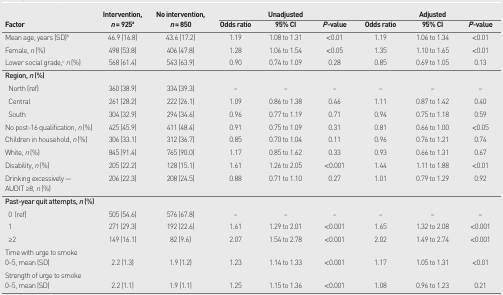
<table><thead><tr><td rowspan="3"><b>Factor</b></td><td rowspan="3"><b>Intervention, <i>n</i> = 925<sup>a</sup></b></td><td rowspan="3"><b>No intervention, <i>n</i> = 850</b></td><td colspan="3"><b>Unadjusted</b></td><td colspan="3"><b>Adjusted</b></td></tr><tr><td><b>Odds ratio</b></td><td><b>95% CI</b></td><td><b><i>P</i>-value</b></td><td><b>Odds ratio</b></td><td><b>95% CI</b></td><td><b><i>P</i>-value</b></td></tr></thead><tbody><tr><td>Mean age, years (SD)<sup>b</sup></td><td>46.9 (16.8)</td><td>43.6 (17.2)</td><td>1.19</td><td>1.08 to 1.31</td><td>&lt;0.01</td><td>1.19</td><td>1.06 to 1.34</td><td>&lt;0.01</td></tr><tr><td>Female, <i>n</i> (%)</td><td>498 (53.8)</td><td>406 (47.8)</td><td>1.28</td><td>1.06 to 1.54</td><td>&lt;0.05</td><td>1.35</td><td>1.10 to 1.65</td><td>&lt;0.01</td></tr><tr><td>Lower social grade,<sup>c</sup><i>n</i> (%)</td><td>568 (61.4)</td><td>543 (63.9)</td><td>0.90</td><td>0.74 to 1.09</td><td>0.28</td><td>0.85</td><td>0.69 to 1.05</td><td>0.13</td></tr><tr><td><b>Region, <i>n</i> (%)</b></td><td></td><td></td><td></td><td></td><td></td><td></td><td></td><td></td></tr><tr><td>North (ref)</td><td>360 (38.9)</td><td>334 (39.3)</td><td>–</td><td>–</td><td>–</td><td>–</td><td>–</td><td>–</td></tr><tr><td>Central</td><td>261 (28.2)</td><td>222 (26.1)</td><td>1.09</td><td>0.86 to 1.38</td><td>0.46</td><td>1.11</td><td>0.87 to 1.42</td><td>0.40</td></tr><tr><td>South</td><td>304 (32.9)</td><td>294 (34.6)</td><td>0.96</td><td>0.77 to 1.19</td><td>0.71</td><td>0.94</td><td>0.75 to 1.18</td><td>0.59</td></tr><tr><td>No post-16 qualification, <i>n</i> (%)</td><td>425 (45.9)</td><td>411 (48.4)</td><td>0.91</td><td>0.75 to 1.09</td><td>0.31</td><td>0.81</td><td>0.66 to 1.00</td><td>&lt;0.05</td></tr><tr><td>Children in household, <i>n</i> (%)</td><td>306 (33.1)</td><td>312 (36.7)</td><td>0.85</td><td>0.70 to 1.04</td><td>0.11</td><td>0.96</td><td>0.76 to 1.21</td><td>0.74</td></tr><tr><td>White, <i>n</i> (%)</td><td>845 (91.4)</td><td>765 (90.0)</td><td>1.17</td><td>0.85 to 1.62</td><td>0.33</td><td>0.93</td><td>0.66 to 1.31</td><td>0.67</td></tr><tr><td>Disability, <i>n</i> (%)</td><td>205 (22.2)</td><td>128 (15.1)</td><td>1.61</td><td>1.26 to 2.05</td><td>&lt;0.001</td><td>1.44</td><td>1.11 to 1.88</td><td>&lt;0.01</td></tr><tr><td>Drinking excessively — AUDIT ≥8, <i>n</i> (%)</td><td>206 (22.3)</td><td>208 (24.5)</td><td>0.88</td><td>0.71 to 1.10</td><td>0.27</td><td>1.01</td><td>0.79 to 1.29</td><td>0.92</td></tr><tr><td><b>Past-year quit attempts, <i>n</i> (%)</b></td><td></td><td></td><td></td><td></td><td></td><td></td><td></td><td></td></tr><tr><td>0 (ref)</td><td>505 (54.6)</td><td>576 (67.8)</td><td>–</td><td>–</td><td>–</td><td>–</td><td>–</td><td>–</td></tr><tr><td>1</td><td>271 (29.3)</td><td>192 (22.6)</td><td>1.61</td><td>1.29 to 2.01</td><td>&lt;0.001</td><td>1.65</td><td>1.32 to 2.08</td><td>&lt;0.001</td></tr><tr><td>≥2</td><td>149 (16.1)</td><td>82 (9.6)</td><td>2.07</td><td>1.54 to 2.78</td><td>&lt;0.001</td><td>2.02</td><td>1.49 to 2.74</td><td>&lt;0.001</td></tr><tr><td>Time with urge to smoke 0–5, mean (SD)</td><td>2.2 (1.3)</td><td>1.9 (1.2)</td><td>1.23</td><td>1.14 to 1.33</td><td>&lt;0.001</td><td>1.17</td><td>1.05 to 1.31</td><td>&lt;0.01</td></tr><tr><td>Strength of urge to smoke 0–5, mean (SD)</td><td>2.2 (1.1)</td><td>1.9 (1.1)</td><td>1.25</td><td>1.15 to 1.36</td><td>&lt;0.001</td><td>1.08</td><td>0.96 to 1.23</td><td>0.21</td></tr></tbody></table>